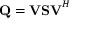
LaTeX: \mathbf { Q } = \mathbf { V S V } ^ { H }